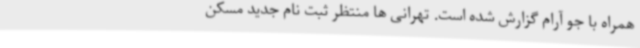
همراه با جو آرام گزارش شده است. تهرانی ها منتظر ثبت نام جدید مسکن